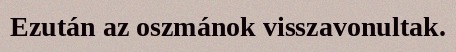
Ezután az oszmánok visszavonultak.